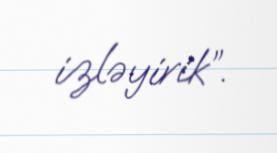
izləyirik”.